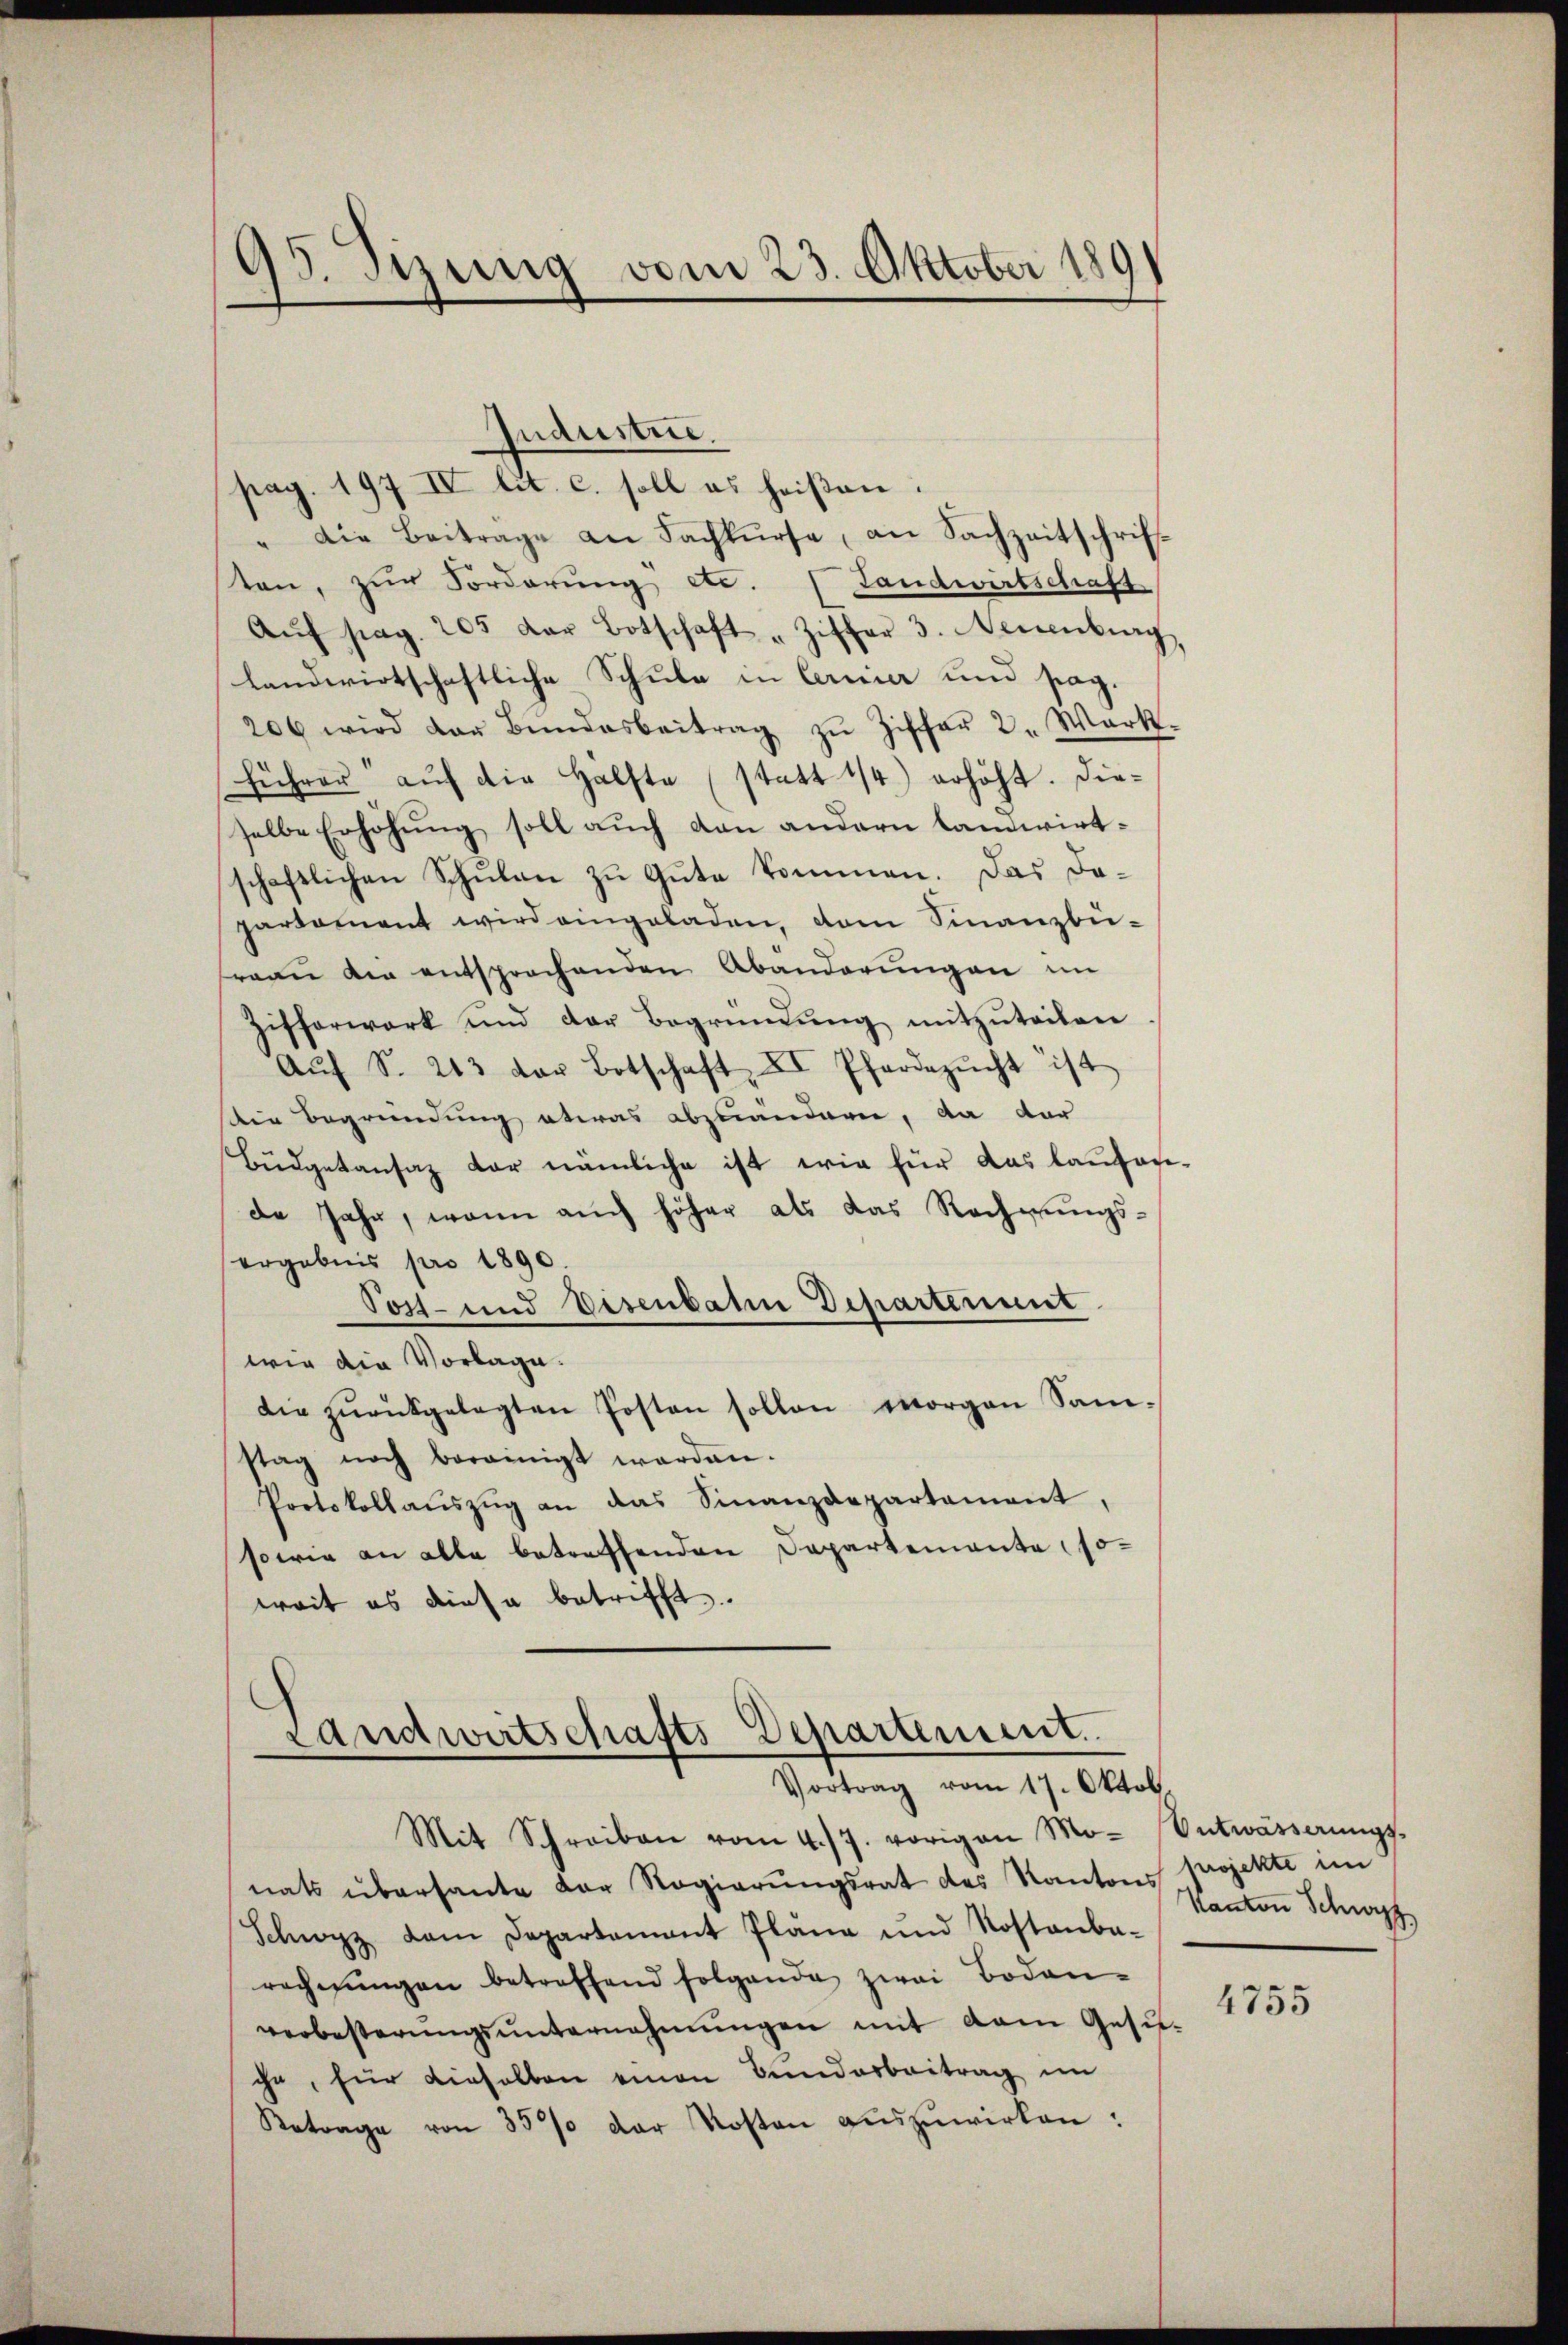
95. Sizung vom 23. Oktober 189

Industrie.
pag. 197 IV lit. c. soll es heißen:
" Die Beitrage an Fachkŭrse, an Sachzeitschrift
sten, zŭr Forderung etc. (Landwirtschaft
Aŭf pag. 205 der Botschaft „Ziffer 3. Neuenburg,
landwirtschaftliche Schule in Cernier und pag.
206 wird der Bŭndesbeitrag zŭ Ziffer 2. Mark-
führer aŭf die Hälfte (statt 1/4) erhöht. Dieselbe Erhöhung soll auch dan andern landwirtschaftlichen Schulen zu Gute kommen. Das Doparkoment wird eingeladen, dem Finanzbü-
frau die entsprochenden Abänderungen im
Zifferwerk und der Begründŭng mitzŭteilen
Aŭf S. 243 der Botschaft II Pferdezŭcht ist
die Begründung etwas abzuändern, da der
Bŭdgetansaz der nämliche ist wie für das laufande Jahr, wenn auch höher als das Rechnungs-
ergebnis pro 1890.
Post- und Eisenbaten Departement
wie die Vorlage.
die zŭrückgelegten Posten sollen morgen Sam-
stag noch bereinigt werden.
Protokollaŭszŭg an das Sinanzdepartement
sowie an alle betreffenden Departemente so-
weit es diese betrifft.

Landwirtschafts Departement
Vortrag vom 17. Oktob.

Mit Schreiben vom 4./7. vorigen Mo- Entwässerŭngs-
nats überhante der Regierŭngsrat des Kantons
Schwyz dem Departamant Pläne und Rostanba-
rechnŭngen betreffend folgende zwei Boden-
verbesterŭngsŭnternehmungen mit dem Gesuche, für dieselben einen Bundesbeitrag im
Retrage von 357 der Kosten aŭszŭwirken:

projekte im
Kanton Schwyz

4755